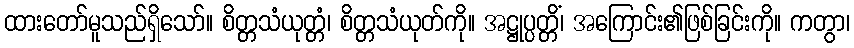
ထားတော်မူသည်ရှိသော်။ စိတ္တသံယုတ္တံ၊ စိတ္တသံယုတ်ကို။ အဋ္ဌုပ္ပတ္တိံ၊ အကြောင်း၏ဖြစ်ခြင်းကို။ ကတွာ၊